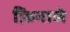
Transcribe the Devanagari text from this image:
फ़िनाले